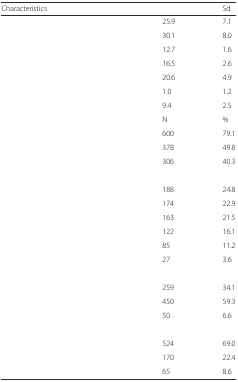
<table><thead><tr><td><b>Characteristics</b></td><td>[EMPTY_CELL]</td><td><b>Sd</b></td></tr></thead><tbody><tr><td>[EMPTY_CELL]</td><td>25.9</td><td>7.1</td></tr><tr><td>[EMPTY_CELL]</td><td>30.1</td><td>8.0</td></tr><tr><td>[EMPTY_CELL]</td><td>12.7</td><td>1.6</td></tr><tr><td>[EMPTY_CELL]</td><td>16.5</td><td>2.6</td></tr><tr><td>[EMPTY_CELL]</td><td>20.6</td><td>4.9</td></tr><tr><td>[EMPTY_CELL]</td><td>1.0</td><td>1.2</td></tr><tr><td>[EMPTY_CELL]</td><td>9.4</td><td>2.5</td></tr><tr><td>[EMPTY_CELL]</td><td>N</td><td>%</td></tr><tr><td>[EMPTY_CELL]</td><td>600</td><td>79.1</td></tr><tr><td>[EMPTY_CELL]</td><td>378</td><td>49.8</td></tr><tr><td>[EMPTY_CELL]</td><td>306</td><td>40.3</td></tr><tr><td colspan="3">[EMPTY_CELL]</td></tr><tr><td>[EMPTY_CELL]</td><td>188</td><td>24.8</td></tr><tr><td>[EMPTY_CELL]</td><td>174</td><td>22.9</td></tr><tr><td>[EMPTY_CELL]</td><td>163</td><td>21.5</td></tr><tr><td>[EMPTY_CELL]</td><td>122</td><td>16.1</td></tr><tr><td>[EMPTY_CELL]</td><td>85</td><td>11.2</td></tr><tr><td>[EMPTY_CELL]</td><td>27</td><td>3.6</td></tr><tr><td colspan="3">[EMPTY_CELL]</td></tr><tr><td>[EMPTY_CELL]</td><td>259</td><td>34.1</td></tr><tr><td>[EMPTY_CELL]</td><td>450</td><td>59.3</td></tr><tr><td>[EMPTY_CELL]</td><td>50</td><td>6.6</td></tr><tr><td colspan="3">[EMPTY_CELL]</td></tr><tr><td>[EMPTY_CELL]</td><td>524</td><td>69.0</td></tr><tr><td>[EMPTY_CELL]</td><td>170</td><td>22.4</td></tr><tr><td>[EMPTY_CELL]</td><td>65</td><td>8.6</td></tr></tbody></table>